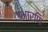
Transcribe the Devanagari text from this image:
उभारणि